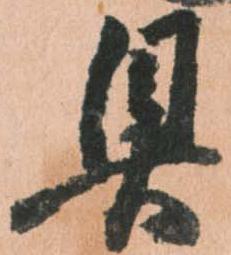
具